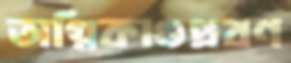
অগ্নিকাণ্ডপ্রবণ